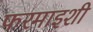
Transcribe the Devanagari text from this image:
फरमाइशी